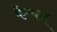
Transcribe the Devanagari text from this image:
कैम्बन